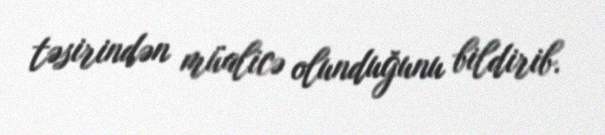
təsirindən müalicə olunduğunu bildirib.